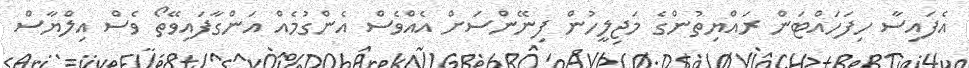
އެފައިސާ ހިފަހައްޓަން ރައްޔިތުންގެ މަޖިލީހުން ފިނޭންސަށް އެއްވެސް އެންގުމެއް އަންގާފައިވޭތޯ ވެސް އިލްޔާސް